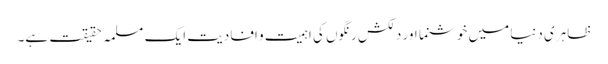
ظاہری دنیا میں خوشنما اور دلکش رنگوں کی اہمیت و افادیت ایک مسلمہ حقیقت ہے۔